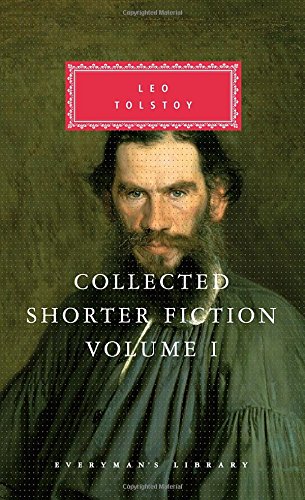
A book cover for Collected Shorter Fiction: Volume 1 (Everyman's Library); Leo Tolstoy; Literature & Fiction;